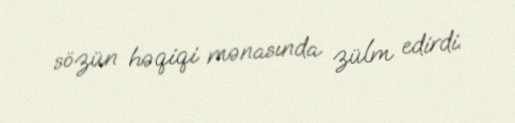
sözün həqiqi mənasında zülm edirdi.